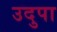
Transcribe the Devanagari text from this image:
उदुपा